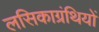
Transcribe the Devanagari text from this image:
लसिकाग्रंथियों